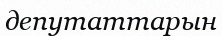
депутаттарын